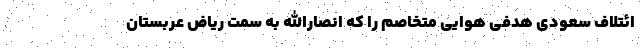
ائتلاف سعودی هدفی هوایی متخاصم را که انصارالله به سمت ریاض عربستان